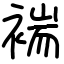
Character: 褍